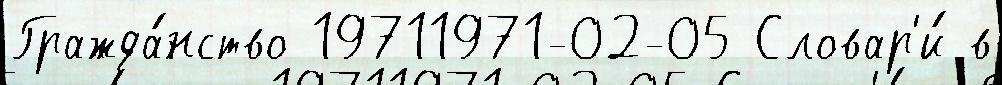
Гражда́нство 19711971-02-05 Словар'и́ в